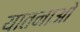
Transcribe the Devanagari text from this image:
यातनाओ